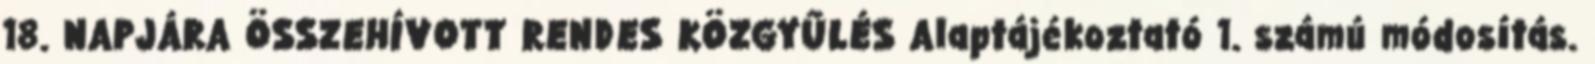
18. NAPJÁRA ÖSSZEHÍVOTT RENDES KÖZGYŰLÉS Alaptájékoztató 1. számú módosítás.